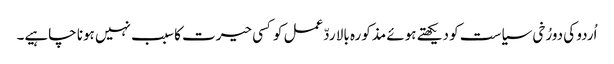
اُردو کی دورُخی سیاست کو دیکھتے ہوئے مذکورہ بالا ردّعمل کوکسی حیرت کا سبب نہیں ہونا چاہیے۔